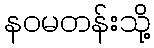
နဝမတန်းသို့